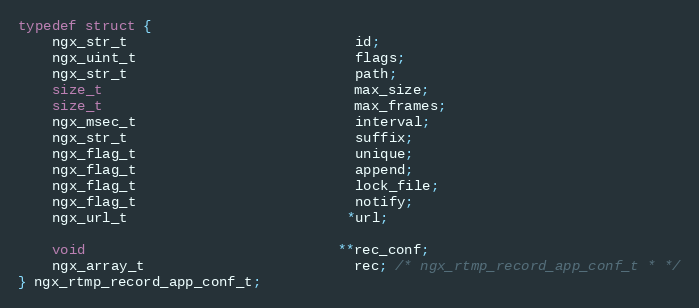
Language: C
typedef struct {
    ngx_str_t                           id;
    ngx_uint_t                          flags;
    ngx_str_t                           path;
    size_t                              max_size;
    size_t                              max_frames;
    ngx_msec_t                          interval;
    ngx_str_t                           suffix;
    ngx_flag_t                          unique;
    ngx_flag_t                          append;
    ngx_flag_t                          lock_file;
    ngx_flag_t                          notify;
    ngx_url_t                          *url;

    void                              **rec_conf;
    ngx_array_t                         rec; /* ngx_rtmp_record_app_conf_t * */
} ngx_rtmp_record_app_conf_t;